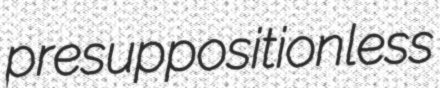
presuppositionless